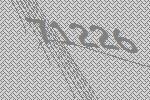
71226